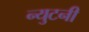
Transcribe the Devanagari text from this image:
न्युटनी